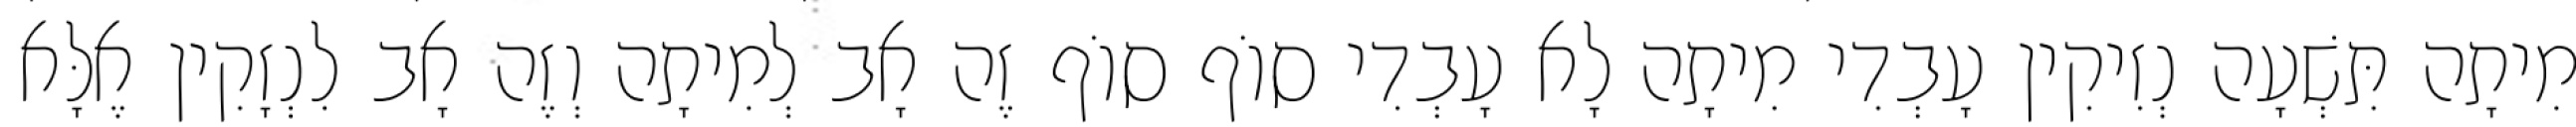
מִיתָה תִּשְׁעָה נְזִיקִין עָבְדִי מִיתָה לָא עָבְדִי סוֹף סוֹף זֶה אָב לְמִיתָה וְזֶה אָב לִנְזָקִין אֶלָּא